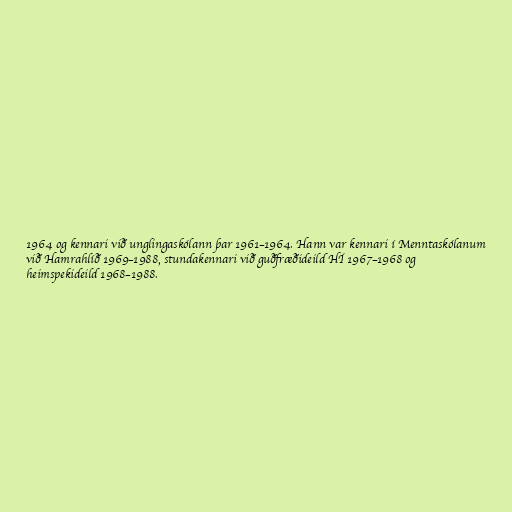
1964 og kennari við unglingaskólann þar 1961–1964. Hann var kennari í Menntaskólanum
við Hamrahlíð 1969–1988, stundakennari við guðfræðideild HÍ 1967–1968 og
heimspekideild 1968–1988.